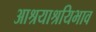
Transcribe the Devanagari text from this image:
आश्रयाश्रयिभाव